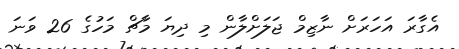
އެގާރަ އަހަރަށް ނާޒިމް ޖަލަށްލާން މި ދިޔަ މާޗް މަހުގެ 26 ވަނަ